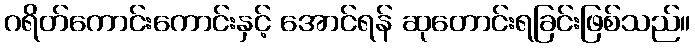
ဂရိတ်ကောင်းကောင်းနှင့် အောင်ရန် ဆုတောင်းရခြင်းဖြစ်သည်။